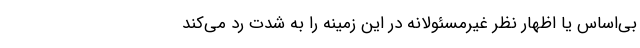
بی‌اساس یا اظهار نظر غیرمسئولانه در این زمینه را به شدت رد می‌کند